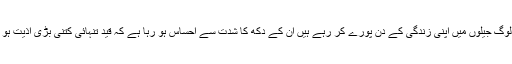
جو لوگ جیلوں میں اپنی زندگی کے دن پورے کر رہے ہیں ان کے دکھ کا شدت سے احساس ہو رہا ہے کہ قیدِ تنہائی کتنی بڑی اذیت ہو گی۔